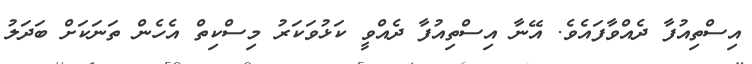
އިސްތިއުފާ ދެއްވާފައެވެ. އޭނާ އިސްތިއުފާ ދެއްވީ ކަޅުވަކަރު މިސްކިތް އެހެން ތަނަކަށް ބަދަލު